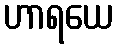
ဟာရယေ